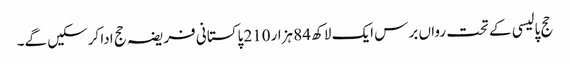
حج پالیسی کے تحت رواں برس ایک لاکھ 84 ہزار210 پاکستانی فریضہ حج ادا کرسکیں گے۔